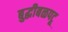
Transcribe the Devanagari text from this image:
बुद्धीबळपटू